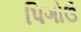
પિગોઉ